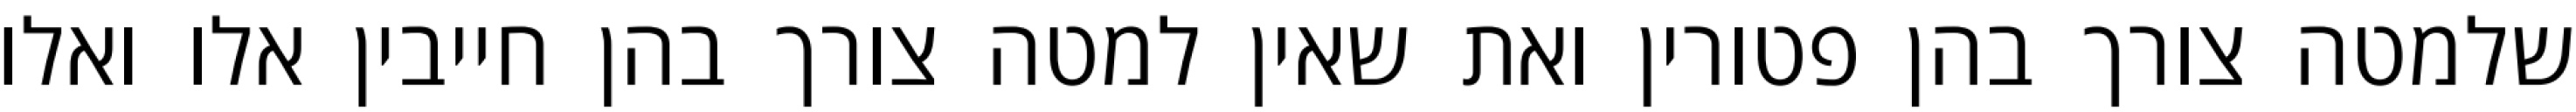
שלמטה צורך בהן פטורין ואת שאין למטה צורך בהן חייבין אלו ואלו